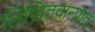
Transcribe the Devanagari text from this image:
लिखितवान्प्रातः